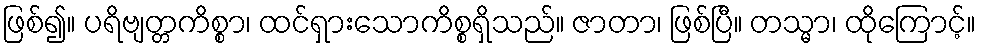
ဖြစ်၍။ ပရိဗျတ္တကိစ္စာ၊ ထင်ရှားသောကိစ္စရှိသည်။ ဇာတာ၊ ဖြစ်ပြီ။ တသ္မာ၊ ထိုကြောင့်။